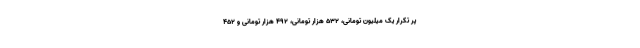
پر تکرار یک میلیون تومانی، 532 هزار تومانی، 492 هزار تومانی و 452